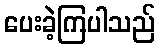
ပေးခဲ့ကြပါသည်